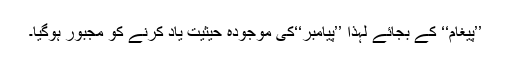
’’پیغام‘‘ کے بجائے لہذا ’’پیامبر‘‘کی موجودہ حیثیت یاد کرنے کو مجبور ہوگیا۔